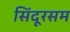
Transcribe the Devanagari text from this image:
सिंदूरसम